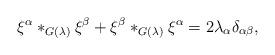
LaTeX: \begin{align*}\xi^\alpha*_{G(\lambda)}\xi^\beta+\xi^\beta*_{G(\lambda)}\xi^\alpha=2\lambda_\alpha\delta_{\alpha\beta},\end{align*}